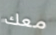
معك